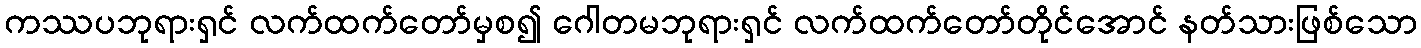
ကဿပဘုရားရှင် လက်ထက်တော်မှစ၍ ဂေါတမဘုရားရှင် လက်ထက်တော်တိုင်အောင် နတ်သားဖြစ်သော